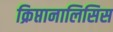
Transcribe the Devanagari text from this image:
क्रिप्तानालिसिस